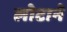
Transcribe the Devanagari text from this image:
लोटाने